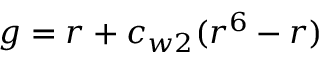
g = r + c _ { w 2 } ( r ^ { 6 } - r )